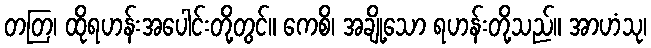
တတြ၊ ထိုရဟန်းအပေါင်းတို့တွင်။ ကေစိ၊ အချို့သော ရဟန်းတို့သည်။ အာဟံသု၊